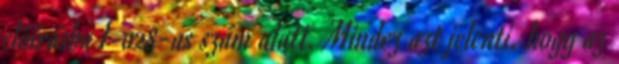
előírásba I-028-as szám alatt. Mindez azt jelenti, hogy az